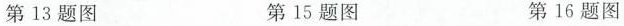
第13题图 第15题图 第16题图